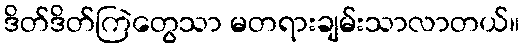
ဒိတ်ဒိတ်ကြဲတွေသာ မတရားချမ်းသာလာတယ်။